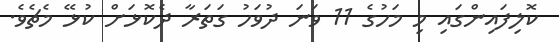
ކޮލިފައިންގައި މި މަހުގެ 11 ވަަނަ ދުވަހު ގަތަރާ ދެކޮޅަށް ކުޅޭ މެޗެވެ.